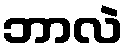
ဘာလဲ